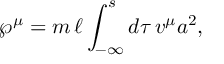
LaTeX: { \wp } ^ { \mu } = m \, \ell \int _ { - \infty } ^ { s } d \tau \, v ^ { \mu } a ^ { 2 } ,